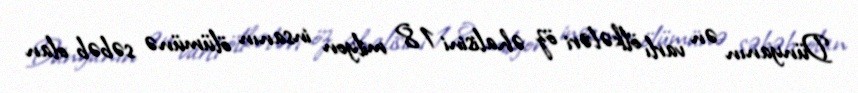
Dünyanın ən varlı ölkələri öz əhalisini 1,8 milyon insanın ölümünə səbəb olan